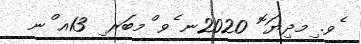
ެވ. ިމދިޔަ ޮ 2020ނ ެވ ްމބަރ ި 13އ ްނ